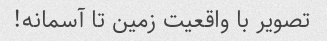
تصویر با واقعیت زمین تا آسمانه!